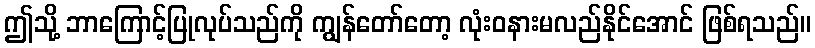
ဤသို့ ဘာကြောင့်ပြုလုပ်သည်ကို ကျွန်တော်တော့ လုံးဝနားမလည်နိုင်အောင် ဖြစ်ရသည်။